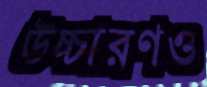
উচ্চারণও